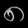
Digit: ၈